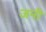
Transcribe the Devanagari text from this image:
जनीं